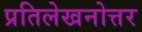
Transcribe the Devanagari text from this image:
प्रतिलेखनोत्तर